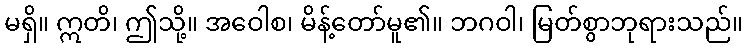
မရှိ။ ဣတိ၊ ဤသို့။ အဝေါစ၊ မိန့်တော်မူ၏။ ဘဂဝါ၊ မြတ်စွာဘုရားသည်။